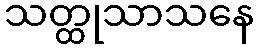
သတ္ထုသာသနေ